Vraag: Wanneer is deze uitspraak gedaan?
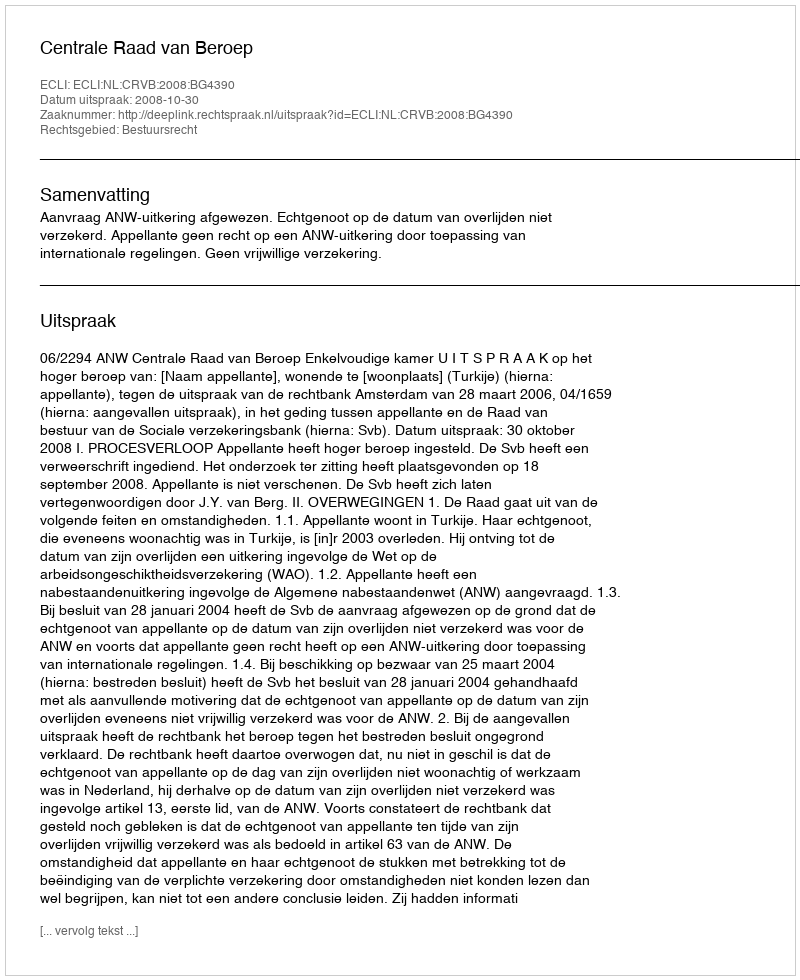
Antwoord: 2008-10-30